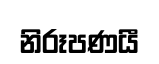
නිරූපණයී